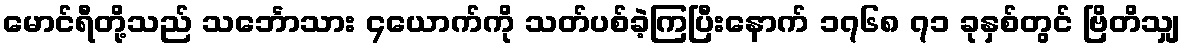
မောင်ရီတို့သည် သင်္ဘောသား ၄ယောက်ကို သတ်ပစ်ခဲ့ကြပြီးနောက် ၁၇၆၈ ၇၁ ခုနှစ်တွင် ဗြိတိသျှ